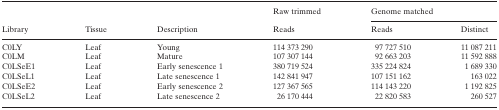
<table><thead><tr><td rowspan="2"><b>Library</b></td><td rowspan="2"><b>Tissue</b></td><td rowspan="2"><b>Description</b></td><td><b>Raw trimmed</b></td><td colspan="2"><b>Genome matched</b></td></tr><tr><td><b>Reads</b></td><td><b>Reads</b></td><td><b>Distinct</b></td></tr></thead><tbody><tr><td>C0LY</td><td>Leaf</td><td>Young</td><td>114 373 290</td><td>97 727 510</td><td>11 087 211</td></tr><tr><td>C0LM</td><td>Leaf</td><td>Mature</td><td>107 307 144</td><td>92 663 203</td><td>11 592 888</td></tr><tr><td>C0LSeE1</td><td>Leaf</td><td>Early senescence 1</td><td>380 719 524</td><td>335 224 824</td><td>1 689 330</td></tr><tr><td>C0LSeL1</td><td>Leaf</td><td>Late senescence 1</td><td>142 841 947</td><td>107 151 162</td><td>163 022</td></tr><tr><td>C0LSeE2</td><td>Leaf</td><td>Early senescence 2</td><td>127 367 565</td><td>114 143 220</td><td>1 192 825</td></tr><tr><td>C0LSeL2</td><td>Leaf</td><td>Late senescence 2</td><td>26 170 444</td><td>22 820 583</td><td>260 527</td></tr></tbody></table>